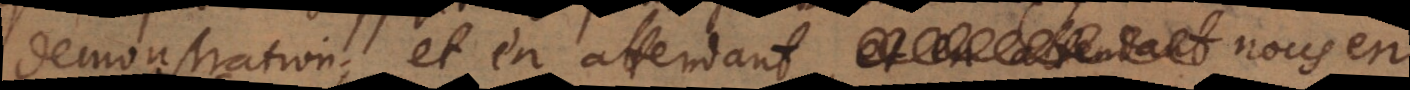
demonstration, et en attendant nous en